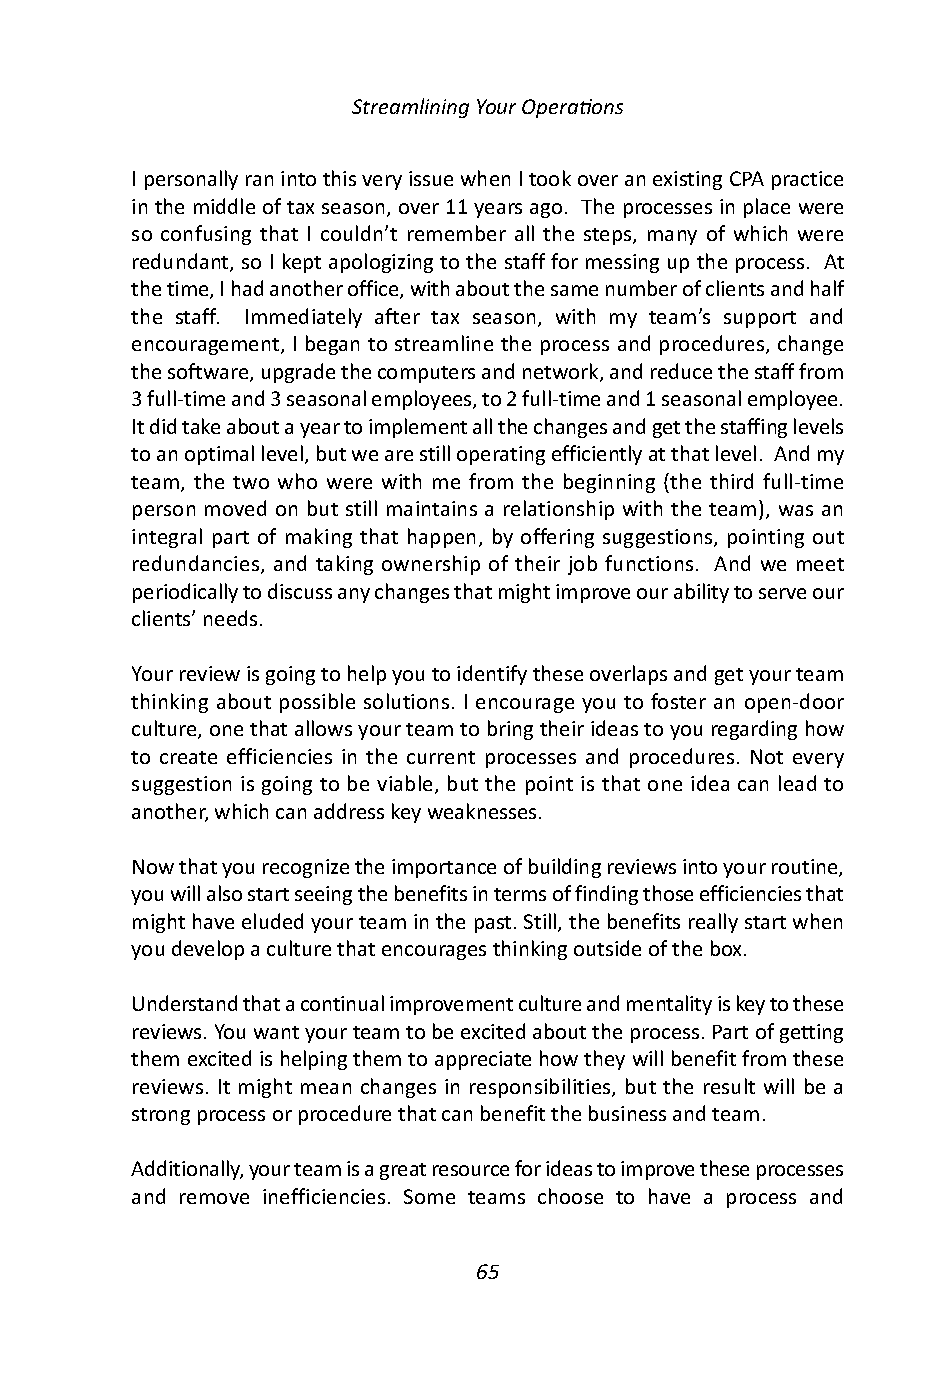
Streamlining Your Operations
 I personally ran into this very issue when I took over an existing CPA practice
 in the middle of tax season, over 11 years ago. The processes in place were
 so confusing that I couldn’t remember all the steps, many of which were
 redundant, so I kept apologizing to the staff for messing up the process. At
 the time, I had another office, with about the same number of clients and half
 the staff. Immediately after tax season, with my team’s support and
 encouragement, I began to streamline the process and procedures, change
 the software, upgrade the computers and network, and reduce the staff from
 3 full-time and 3 seasonal employees, to 2 full-time and 1 seasonal employee.
 It did take about a year to implement all the changes and get the staffing levels
 to an optimal level, but we are still operating efficiently at that level. And my
 team, the two who were with me from the beginning (the third full-time
 person moved on but still maintains a relationship with the team), was an
 integral part of making that happen, by offering suggestions, pointing out
 redundancies, and taking ownership of their job functions. And we meet
 periodically to discuss any changes that might improve our ability to serve our
 clients’ needs.
 Your review is going to help you to identify these overlaps and get your team
 thinking about possible solutions. I encourage you to foster an open-door
 culture, one that allows your team to bring their ideas to you regarding how
 to create efficiencies in the current processes and procedures. Not every
 suggestion is going to be viable, but the point is that one idea can lead to
 another, which can address key weaknesses.
 Now that you recognize the importance of building reviews into your routine,
 you will also start seeing the benefits in terms of finding those efficiencies that
 might have eluded your team in the past. Still, the benefits really start when
 you develop a culture that encourages thinking outside of the box.
 Understand that a continual improvement culture and mentality is key to these
 reviews. You want your team to be excited about the process. Part of getting
 them excited is helping them to appreciate how they will benefit from these
 reviews. It might mean changes in responsibilities, but the result will be a
 strong process or procedure that can benefit the business and team.
 Additionally, your team is a great resource for ideas to improve these processes
 and remove inefficiencies. Some teams choose to have a process and
 65